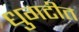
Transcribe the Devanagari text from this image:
धुगटीत